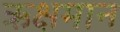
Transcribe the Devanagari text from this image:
ऋक्षमान